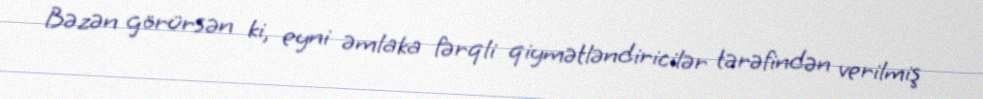
Bəzən görürsən ki, eyni əmlaka fərqli qiymətləndiricilər tərəfindən verilmiş